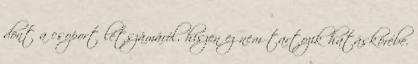
dönt a csoport létszámáról, hiszen ez nem tartozik hatáskörébe.